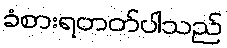
ခံစားရတတ်ပါသည်